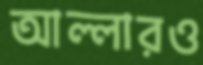
আল্লারও